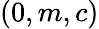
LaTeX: (0,m,c)